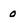
Character: o